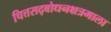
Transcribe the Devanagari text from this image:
चित्तसद्‍बोधनक्षत्रमाला